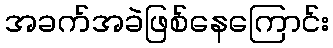
အခက်အခဲဖြစ်နေကြောင်း